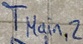
Text: TMain,2